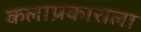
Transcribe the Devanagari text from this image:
कलाप्रकाराला